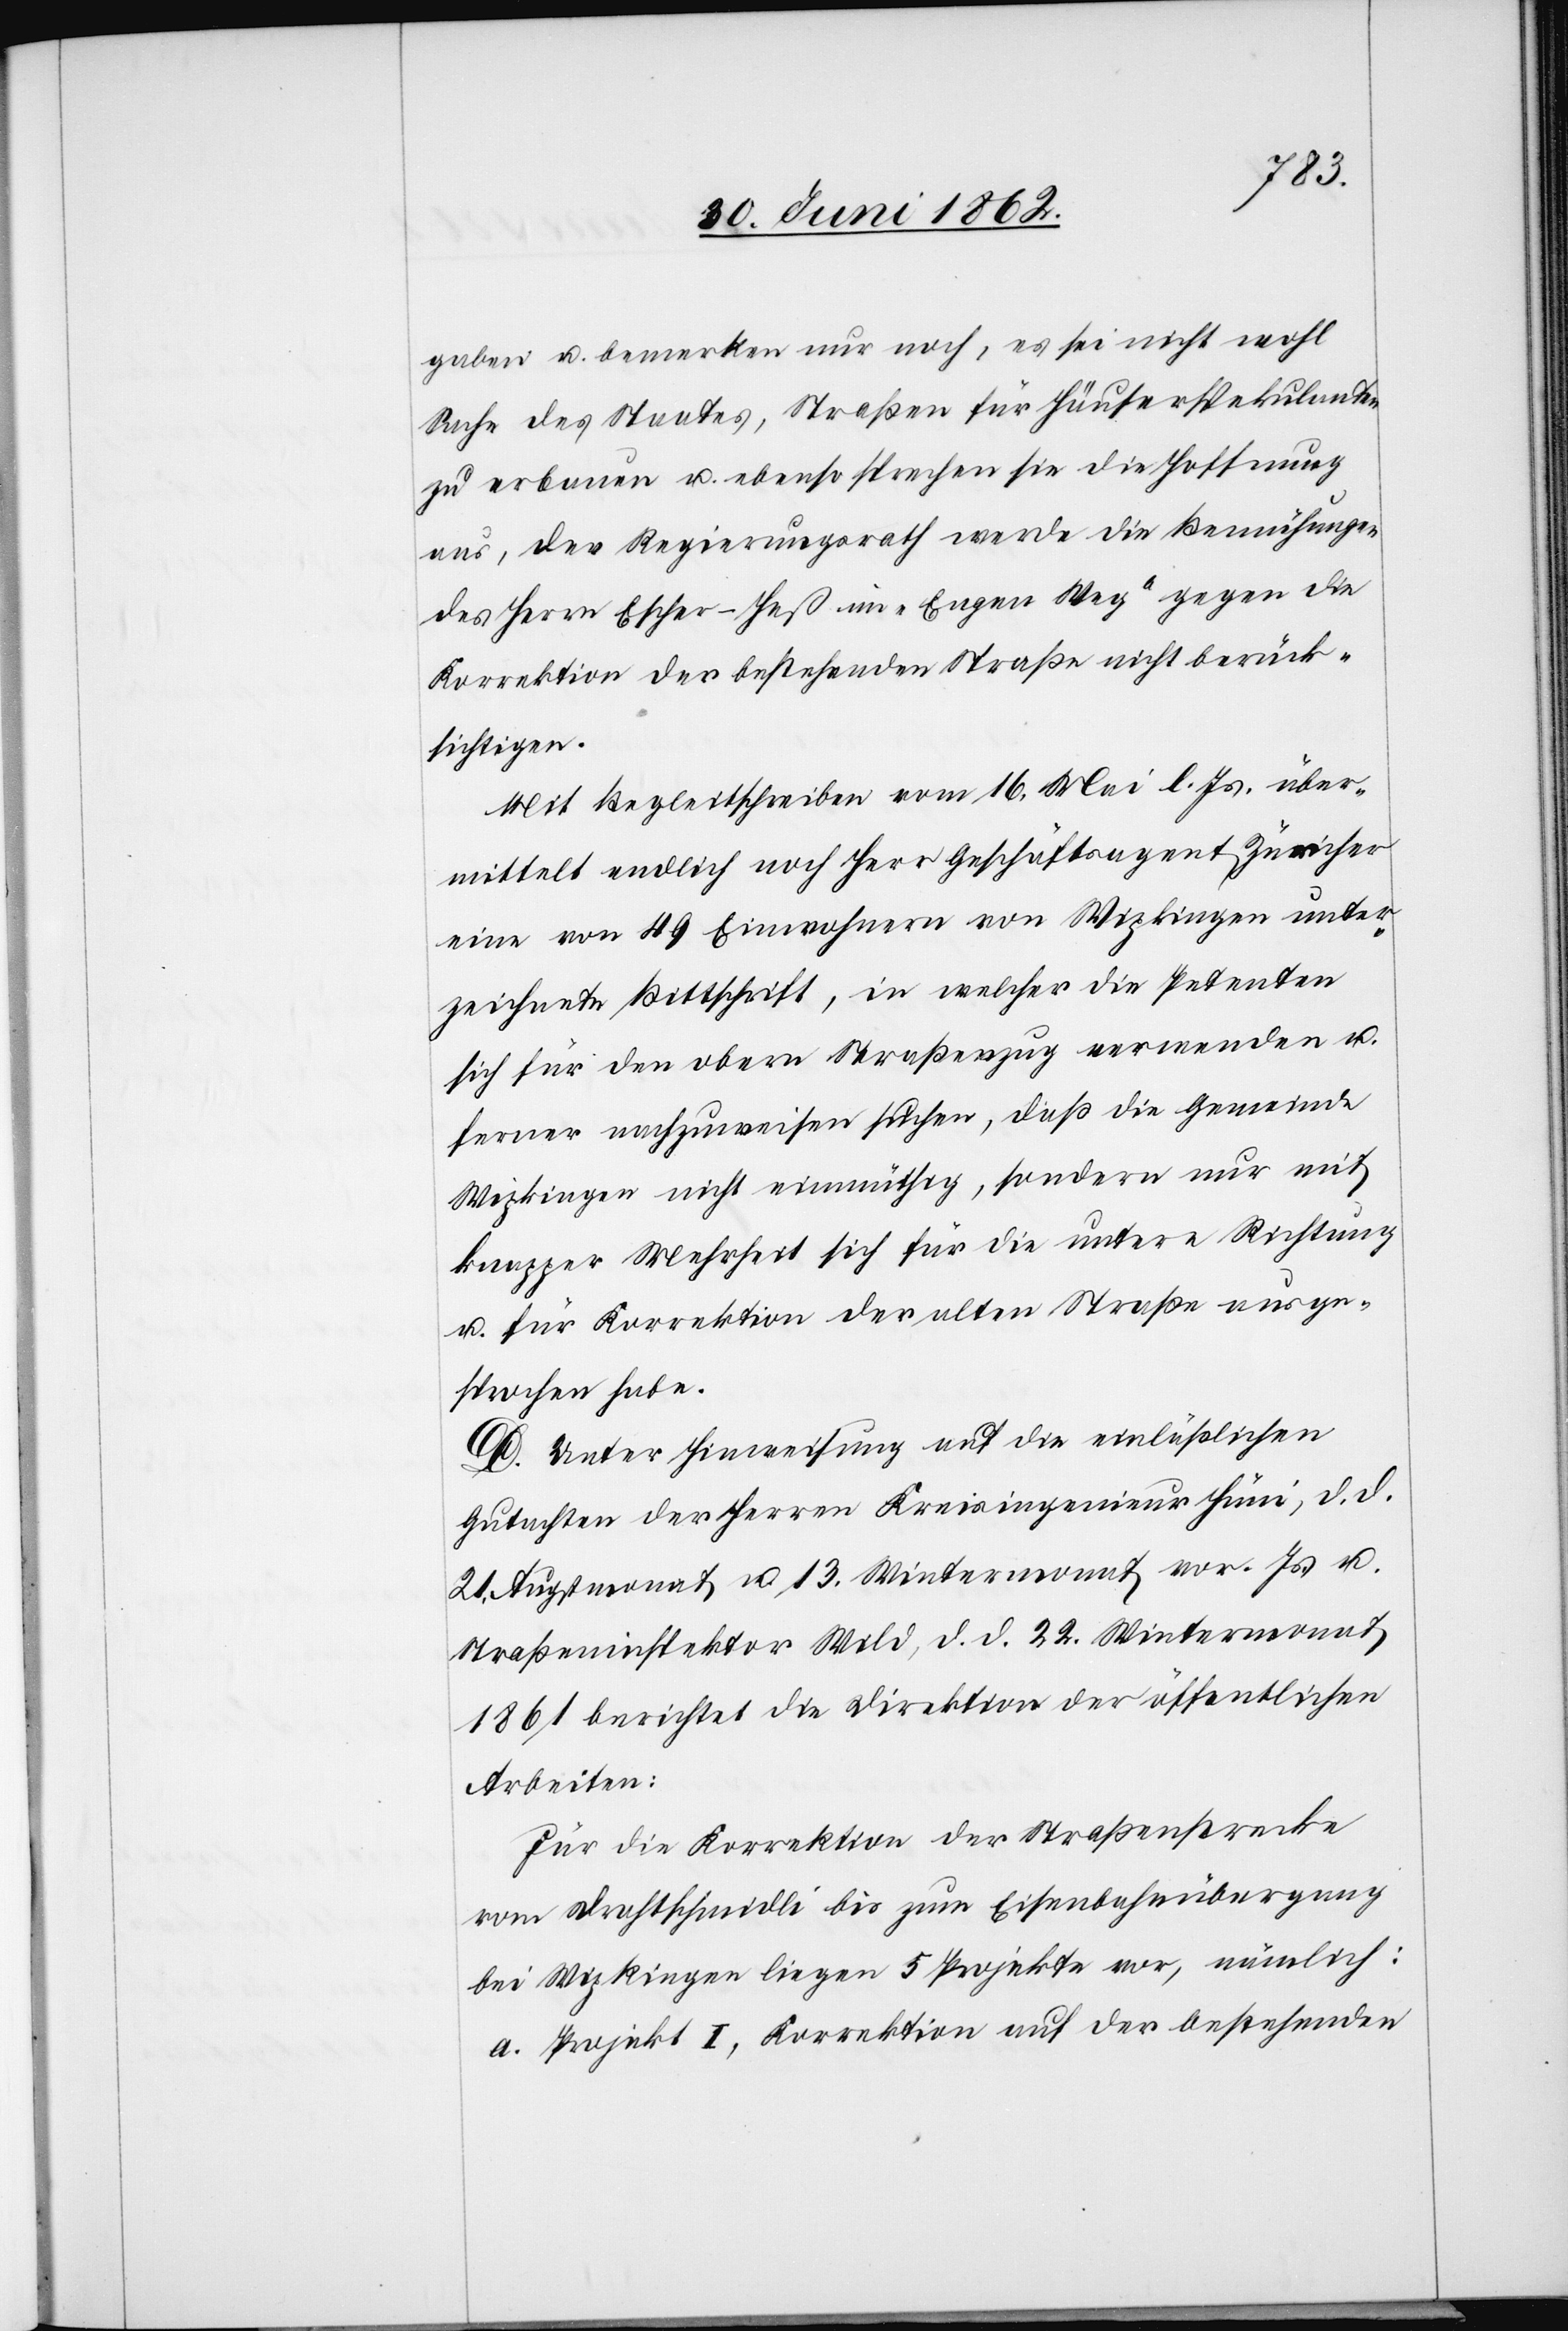
gaben u. bemerkten nur noch, es sei nicht wohl
Sache des Staates, Straßen für Häuserspekulanten
zu erbauen u. ebenso sprechen sie die Hoffnung
aus, der Regierungsrath werde die Bemühungen
des Herrn Escher-Heß im „Engen Weg“ gegen die
Korrektion der bestehenden Straße nicht berück¬
sichtigen.
Mit Begleitschreiben vom 16. Mai l. Js. über¬
mittelt endlich noch Herr Geschäftsagent Zürcher
eine von 49. Einwohnern von Wipkingen unter¬
zeichnete Bittschrift, in welcher die Petenten
sich für den obern Straßenzug verwenden u.
ferner nachzuweisen suchen, daß die Gemeinde
Wipkingen nicht einmüthig, sondern nur mit
knapper Mehrheit sich für die untere Richtung
u. für Korrektion der alten Straße ausge¬
sprochen habe.
D. Unter Hinweisung auf die einläßlichen
Gutachten der Herren Kreisingenieur Hüni, d. d.
21. Augstmonat u. 13. Wintermonat vor. Js. u.
Straßeninspektor Wild, d. d. 22. Wintermonat
1861 berichtet die Direktion der öffentlichen
Arbeiten:
Für die Korrektion der Straßenstrecke
vom Drathschmidli bis zum Eisenbahnübergang
bei Wipkingen liegen 5 Projekte vor, nämlich:
a. Projekt I, Korrektion auf der bestehenden